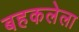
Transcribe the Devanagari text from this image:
बहकलेला